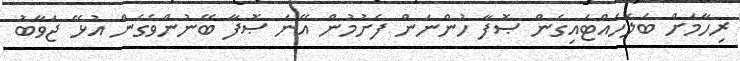
ރިހާމަށް ބަލަހައްޓައިގެން ޞޮފާ ހުންނަން ފެށުމުން އޭނަ ޞޮފާ ބޭނުންވެގެން އުޅޭ ޖަވާބު